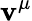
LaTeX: \mathbf{v}^{\mu}